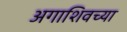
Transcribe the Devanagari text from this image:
अगाशिवच्या